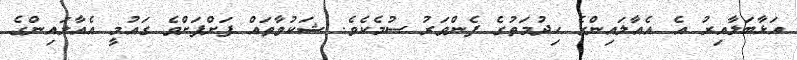
އަޅާބަލާއިރު އެ އެއާލައިންގެ ހިދުމަތުގެ ފެންވަރު ސުމެކެވެ. ޝަކުވާތައް ފަށްފަށްވެ ގައުމީ އެއާލައިންގެ